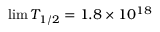
\operatorname* { l i m } T _ { 1 / 2 } = 1 . 8 \times 1 0 ^ { 1 8 }